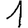
Digit: 1